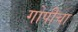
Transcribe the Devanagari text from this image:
गोपीचा